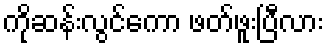
ကိုဆန်းလွင်ကော ဖတ်ဖူးပြီလား